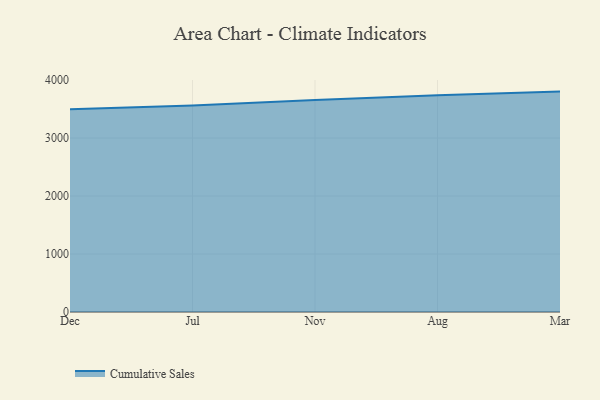
{"axis": {"x": "Month", "y": "Inventory Turnover"}, "legend": ["Cumulative Sales"], "data": [{"x": "Dec", "y": 3496.4, "type": "Cumulative Sales"}, {"x": "Jul", "y": 3563.5, "type": "Cumulative Sales"}, {"x": "Nov", "y": 3654.7, "type": "Cumulative Sales"}, {"x": "Aug", "y": 3739.8, "type": "Cumulative Sales"}, {"x": "Mar", "y": 3801.1, "type": "Cumulative Sales"}]}